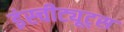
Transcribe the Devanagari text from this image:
इंस्चीट्यूट्स